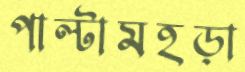
পাল্টামহড়া